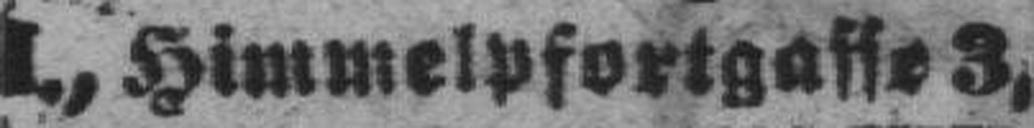
I., Himmelpfortgasse 3,